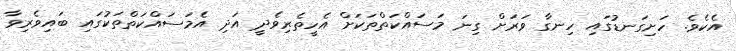
އެކެވެ. ހަށިގަނޑުގައި ހިނގާ ވަރަށް ގިނަ މަސައްކަތްތަކަށް އެހީތެރިވެދީ އަދި އެމަސައްކަތްތަކުގައި ބައިވެރިވާ